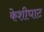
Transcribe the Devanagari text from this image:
केशीघाट